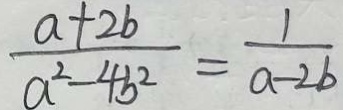
\frac { a + 2 b } { a ^ { 2 } - 4 b ^ { 2 } } = \frac { 1 } { a - 2 b }